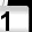
Digit: 1